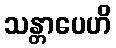
သန္တာပေဟိ